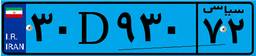
۳۰D۹۳۰۷۲